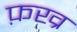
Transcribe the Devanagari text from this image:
फ़ख्र